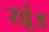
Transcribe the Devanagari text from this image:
खूंड